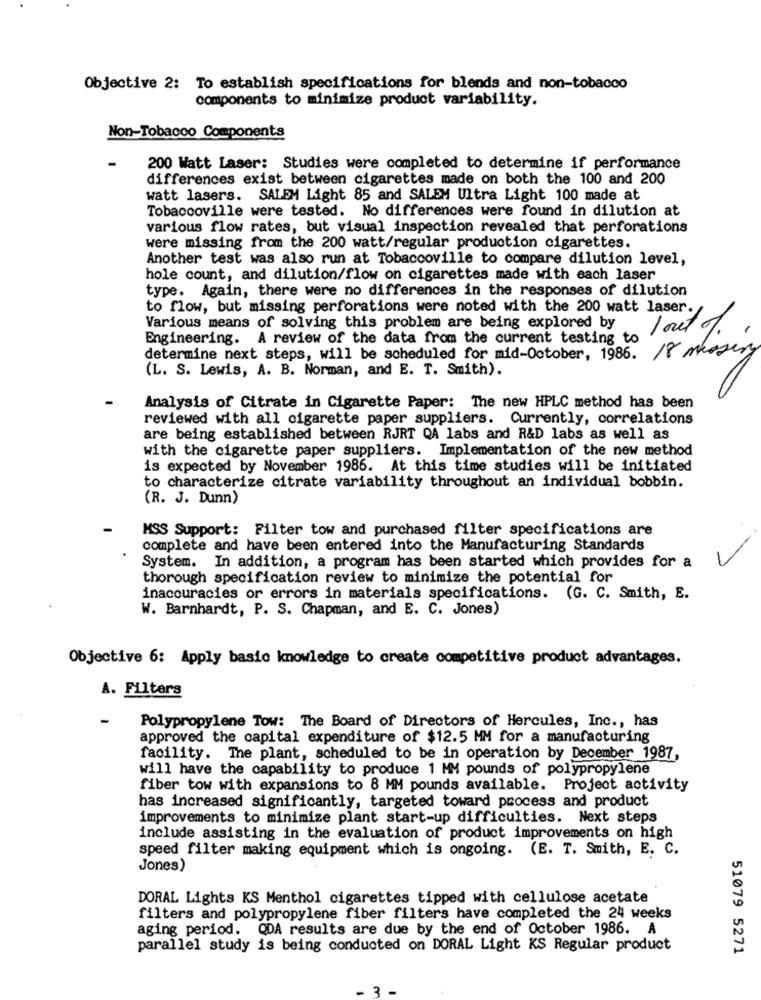
Objective 2: To establish specifications for blends and non-tobacco
components to minimize product variability.
Non-Tobacco Components
200 Watt Laser: Studies were completed to determine if performance
differences exist between cigarettes made on both the 100 and 200
watt lasers. SALEM Light 85 and SALEM Ultra Light 100 made at
Tobaccoville were tested. No differences were found in dilution at
various flow rates, but visual inspection revealed that perforations
were missing from the 200 watt/regular production cigarettes.
Another test was also run at Tobaccoville to compare dilution level,
hole count, and dilution/flow on cigarettes made with each laser
type. Again, there were no differences in the responses of dilution
to flow, but missing perforations were noted with the 200 watt laser.
Various means of solving this problem are being explored by
1 out of
Engineering. A review of the data from the current testing to
18 messery
determine next steps, will be scheduled for mid-October, 1986.
(L. S. Lewis, A. B. Norman, and E. T. Smith).
Analysis of Citrate in Cigarette Paper: The new HPLC method has been
reviewed with all cigarette paper suppliers. Currently, correlations
are being established between RJRT QA labs and R&D labs as well as
with the cigarette paper suppliers. Implementation of the new method
is expected by November 1986. At this time studies will be initiated
to characterize citrate variability throughout an individual bobbin.
(R. J. Dunn)
MSS Support: Filter tow and purchased filter specifications are
complete and have been entered into the Manufacturing Standards
System. In addition, a program has been started which provides for a
thorough specification review to minimize the potential for
inaccuracies or errors in materials specifications. (G. C. Smith, E.
W. Barnhardt, P. S. Chapman, and E. C. Jones)
Objective 6: Apply basic knowledge to create competitive product advantages.
A. Filters
-
Polypropylene Tow: The Board of Directors of Hercules, Inc ., has
approved the capital expenditure of $12.5 MM for a manufacturing
facility. The plant, scheduled to be in operation by December 1987,
will have the capability to produce 1 MM pounds of polypropylene
fiber tow with expansions to 8 MM pounds available. Project activity
has increased significantly, targeted toward process and product
improvements to minimize plant start-up difficulties. Next steps
include assisting in the evaluation of product improvements on high
speed filter making equipment which is ongoing. (E. T. Smith, E. C.
Jones)
DORAL Lights KS Menthol cigarettes tipped with cellulose acetate
filters and polypropylene fiber filters have completed the 24 weeks
aging period. QDA results are due by the end of October 1986. A
parallel study is being conducted on DORAL Light KS Regular product
51079 5271
2